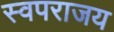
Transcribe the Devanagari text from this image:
स्वपराजय